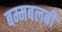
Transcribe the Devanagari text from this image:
बम्मबलबी